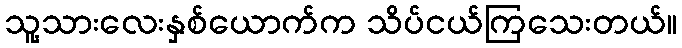
သူ့သားလေးနှစ်ယောက်က သိပ်ငယ်ကြသေးတယ်။